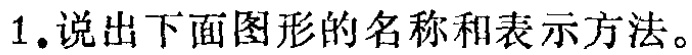
1. 说出下面图形的名称和表示方法。